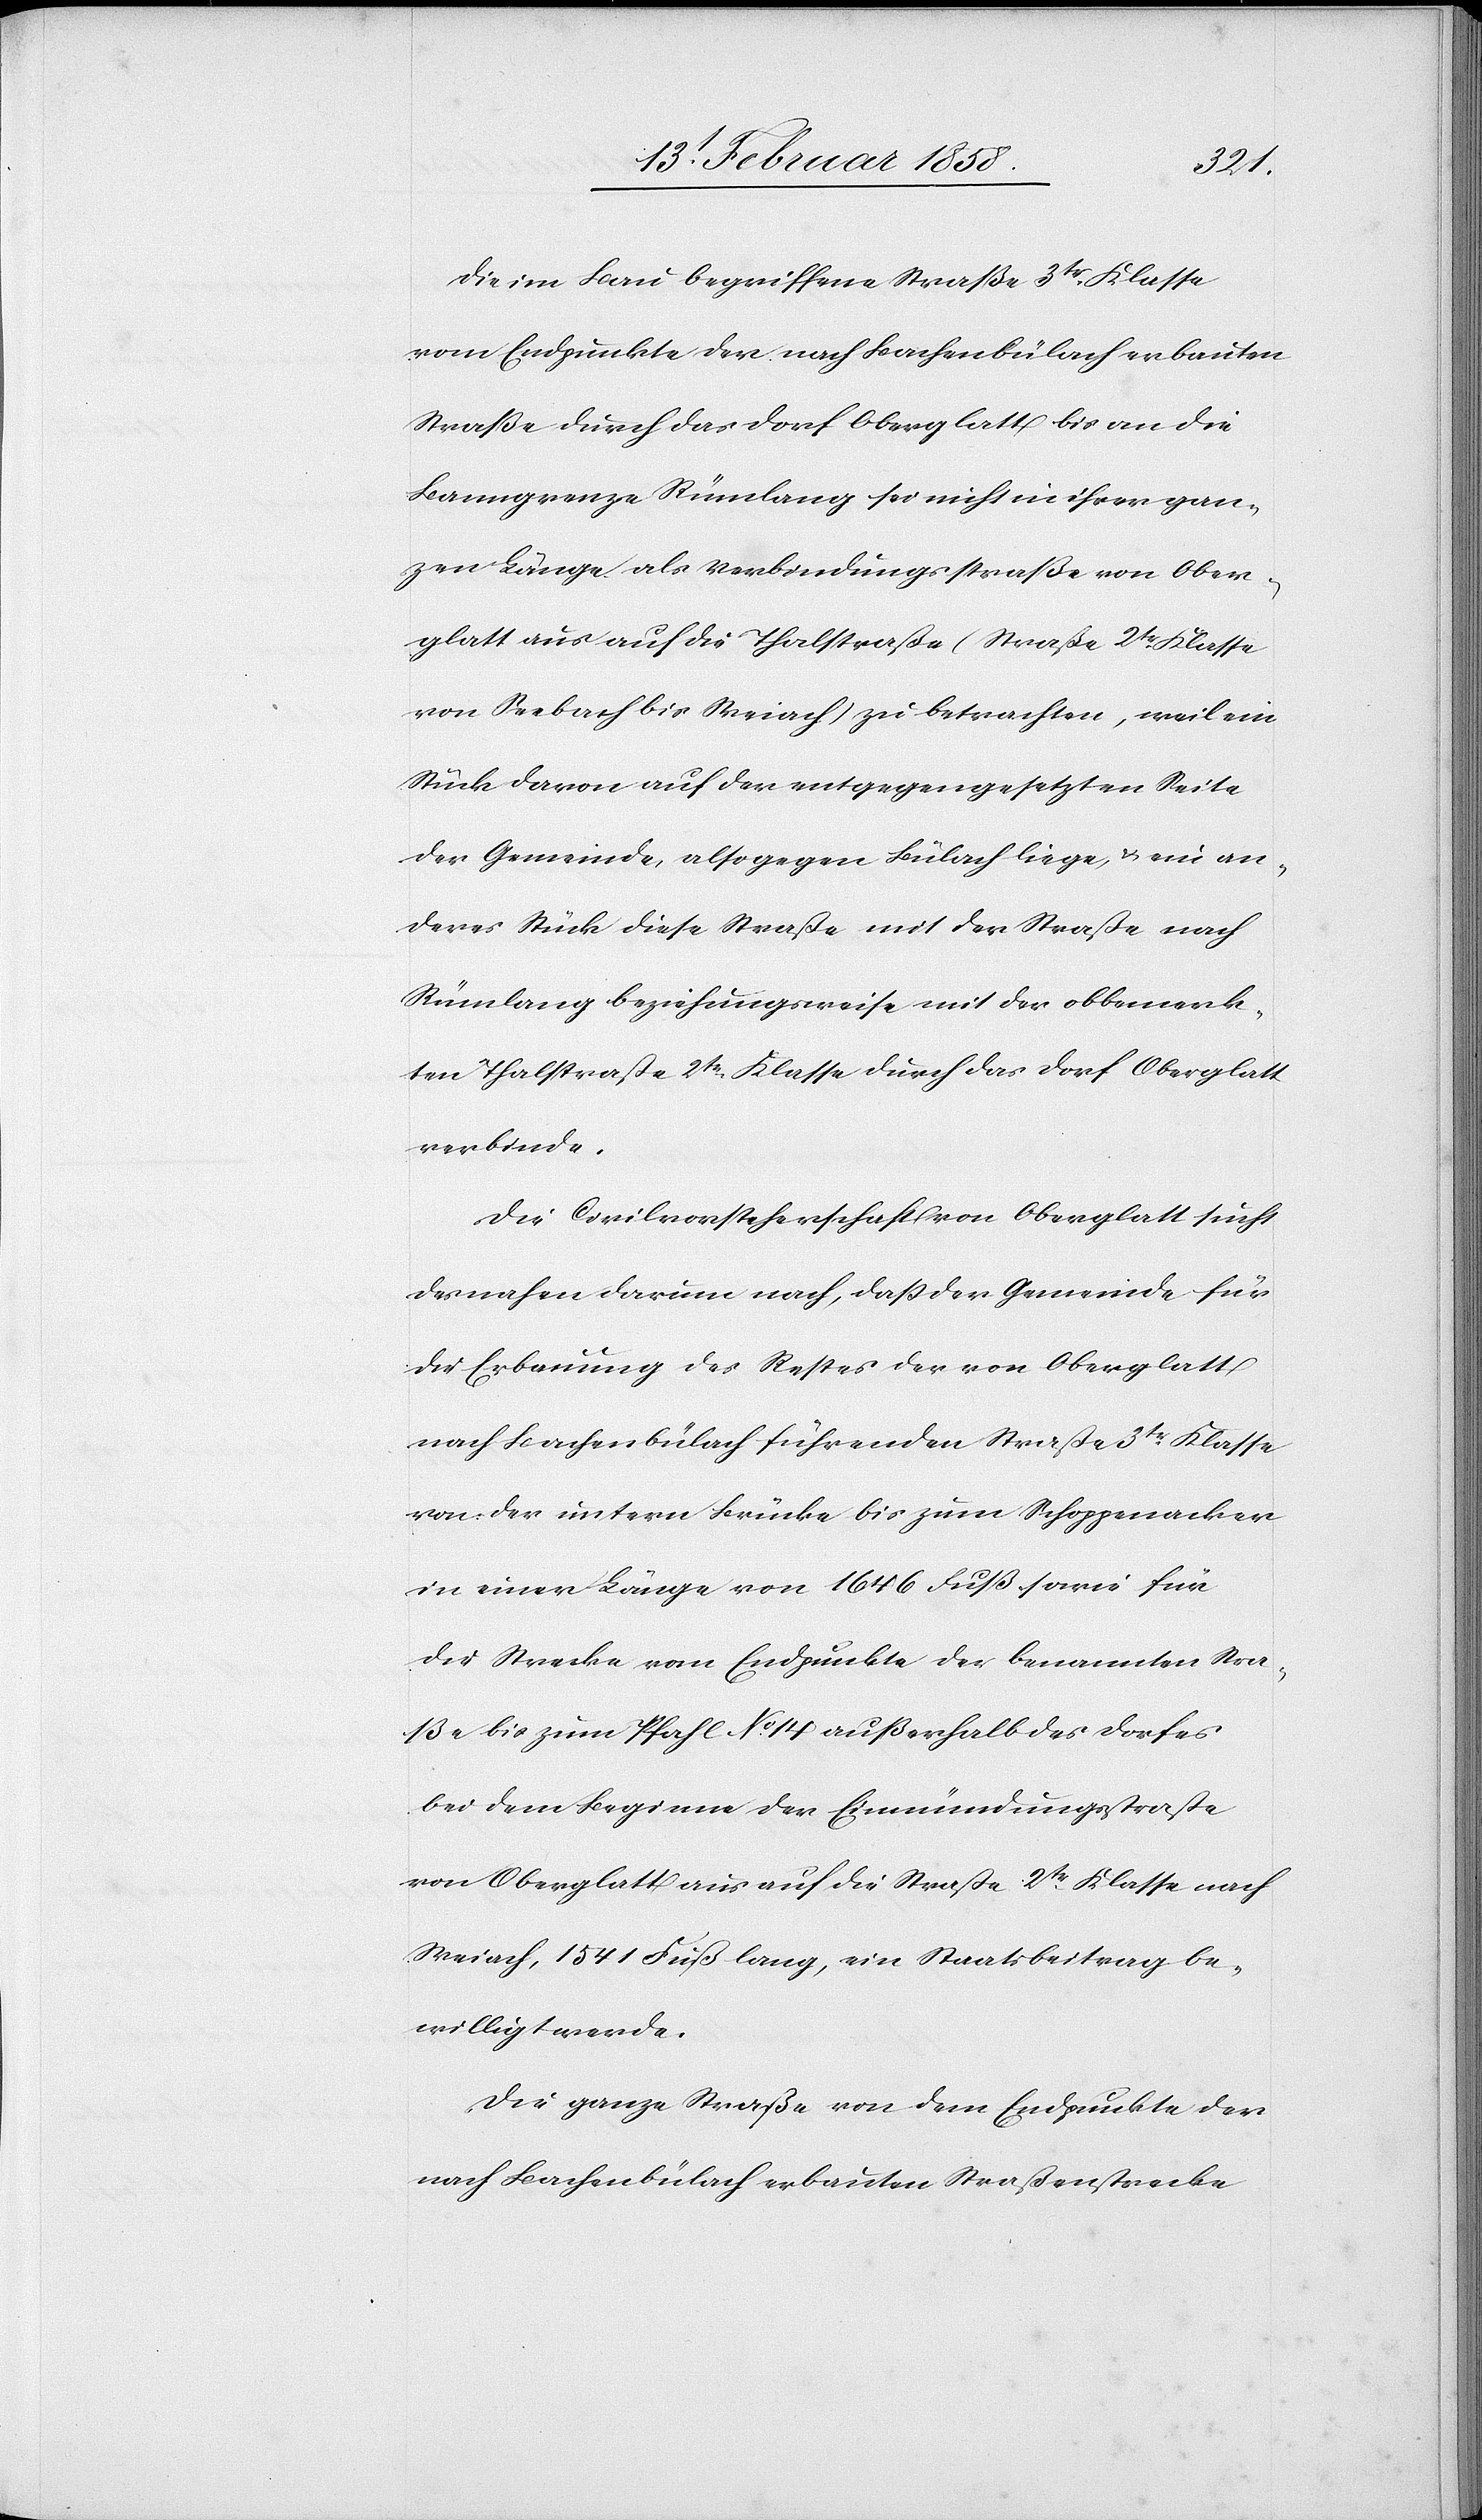
Die im Bau begriffene Straße 3tr Klasse
vom Endpunkte der nach Bachenbülach erbauten
Straße durch das Dorf Oberglatt bis an die
Banngrenze Rümlang sei nicht in ihrer gan¬
zen Länge als Verbindungsstraße von Ober¬
glatt aus auf die Thalstraße (Straße 3tr Klasse
von Seebach bis Weiach) zu betrachten, weil ein
Stück davon auf der entgegengesetzten Seite
der Gemeinde, also gegen Bülach liege, u. ein an¬
deres Stück diese Straße mit der Straße nach
Rümlang beziehungsweise mit der obbemerk¬
ten Thalstraße 2tr Klasse durch das Dorf Oberglatt
verbinde.
Die Civilvorsteherschaft von Oberglatt sucht
desnahen darum nach, daß der Gemeinde für
die Erbauung des Restes der von Oberglatt
nach Bachenbülach führenden Straße 3tr Klasse
von der untern Brücke bis zum Schoppenacker
in einer Länge von 1646 Fuß sowie für
die Strecke vom Endpunkte der benannten Stra¬
ße bis zum Pfahl No 14 außerhalb des Dorfes
bei dem Beginne der Einmündungsstraße
von Oberglatt aus auf die Straße 2tr Klasse nach
Weiach, 1541 Fuß lang, ein Staatsbeitrag be¬
willigt werde.
Die ganze Straße von dem Endpunkte der
nach Bachenbülach erbauten Straßenstrecke